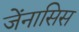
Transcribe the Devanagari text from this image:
जेंनासिस